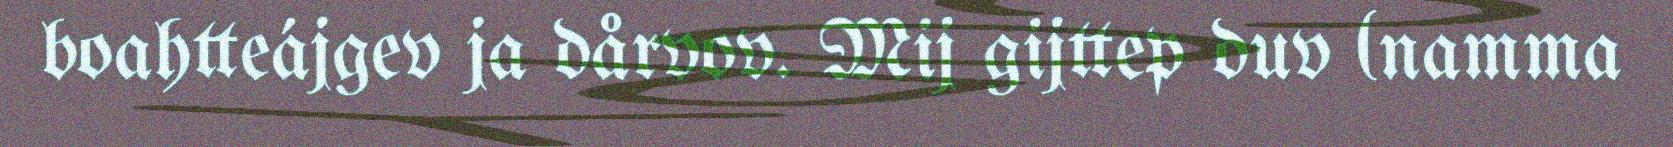
boahtteájgev ja dårvov. Mij gijttep duv (namma